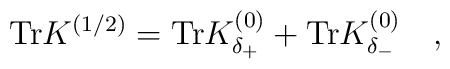
\mbox{Tr}K^{(1/2)}=\mbox{Tr}K^{(0)}_{\delta_+}+\mbox{Tr}K^{(0)}_{\delta_-}~~~,